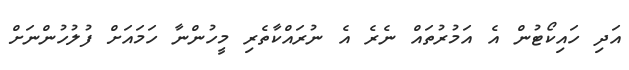
އަދި ހައިކޯޓުން އެ އަމުރުތައް ނެރެ އެ ނުރައްކާތެރި މީހުންނާ ހަމައަށް ފުލުހުންނަށް